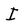
Character: I